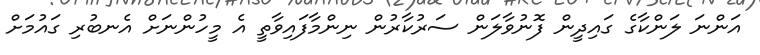
އަންނަ ލަންކާގެ ގައިދީން ފޮނުވާލަން ސަރުކާރުން ނިންމާފައިވާތީ އެ މީހުންނަށް އެނބުރި ގައުމަށް